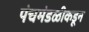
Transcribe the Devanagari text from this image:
पंचमंडळीकडून